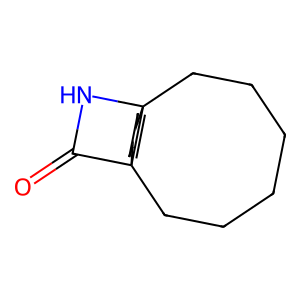
SMILES: O=C1NC23CC=CCC12CCCCCC3
Inhibits HIV replication: No